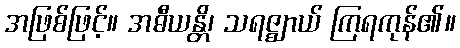
အဖြစ်ဖြင့်။ အဓီယန္တိ၊ သရဇ္ဈာယ် ကြရကုန်၏။